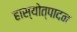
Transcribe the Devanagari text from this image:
हास्योत्पादन